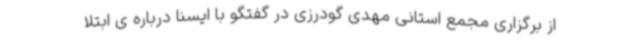
از برگزاری مجمع استانی مهدی گودرزی در گفتگو با ایسنا درباره ی ابتلا